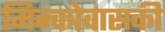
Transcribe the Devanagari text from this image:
मिन्कोवासकी